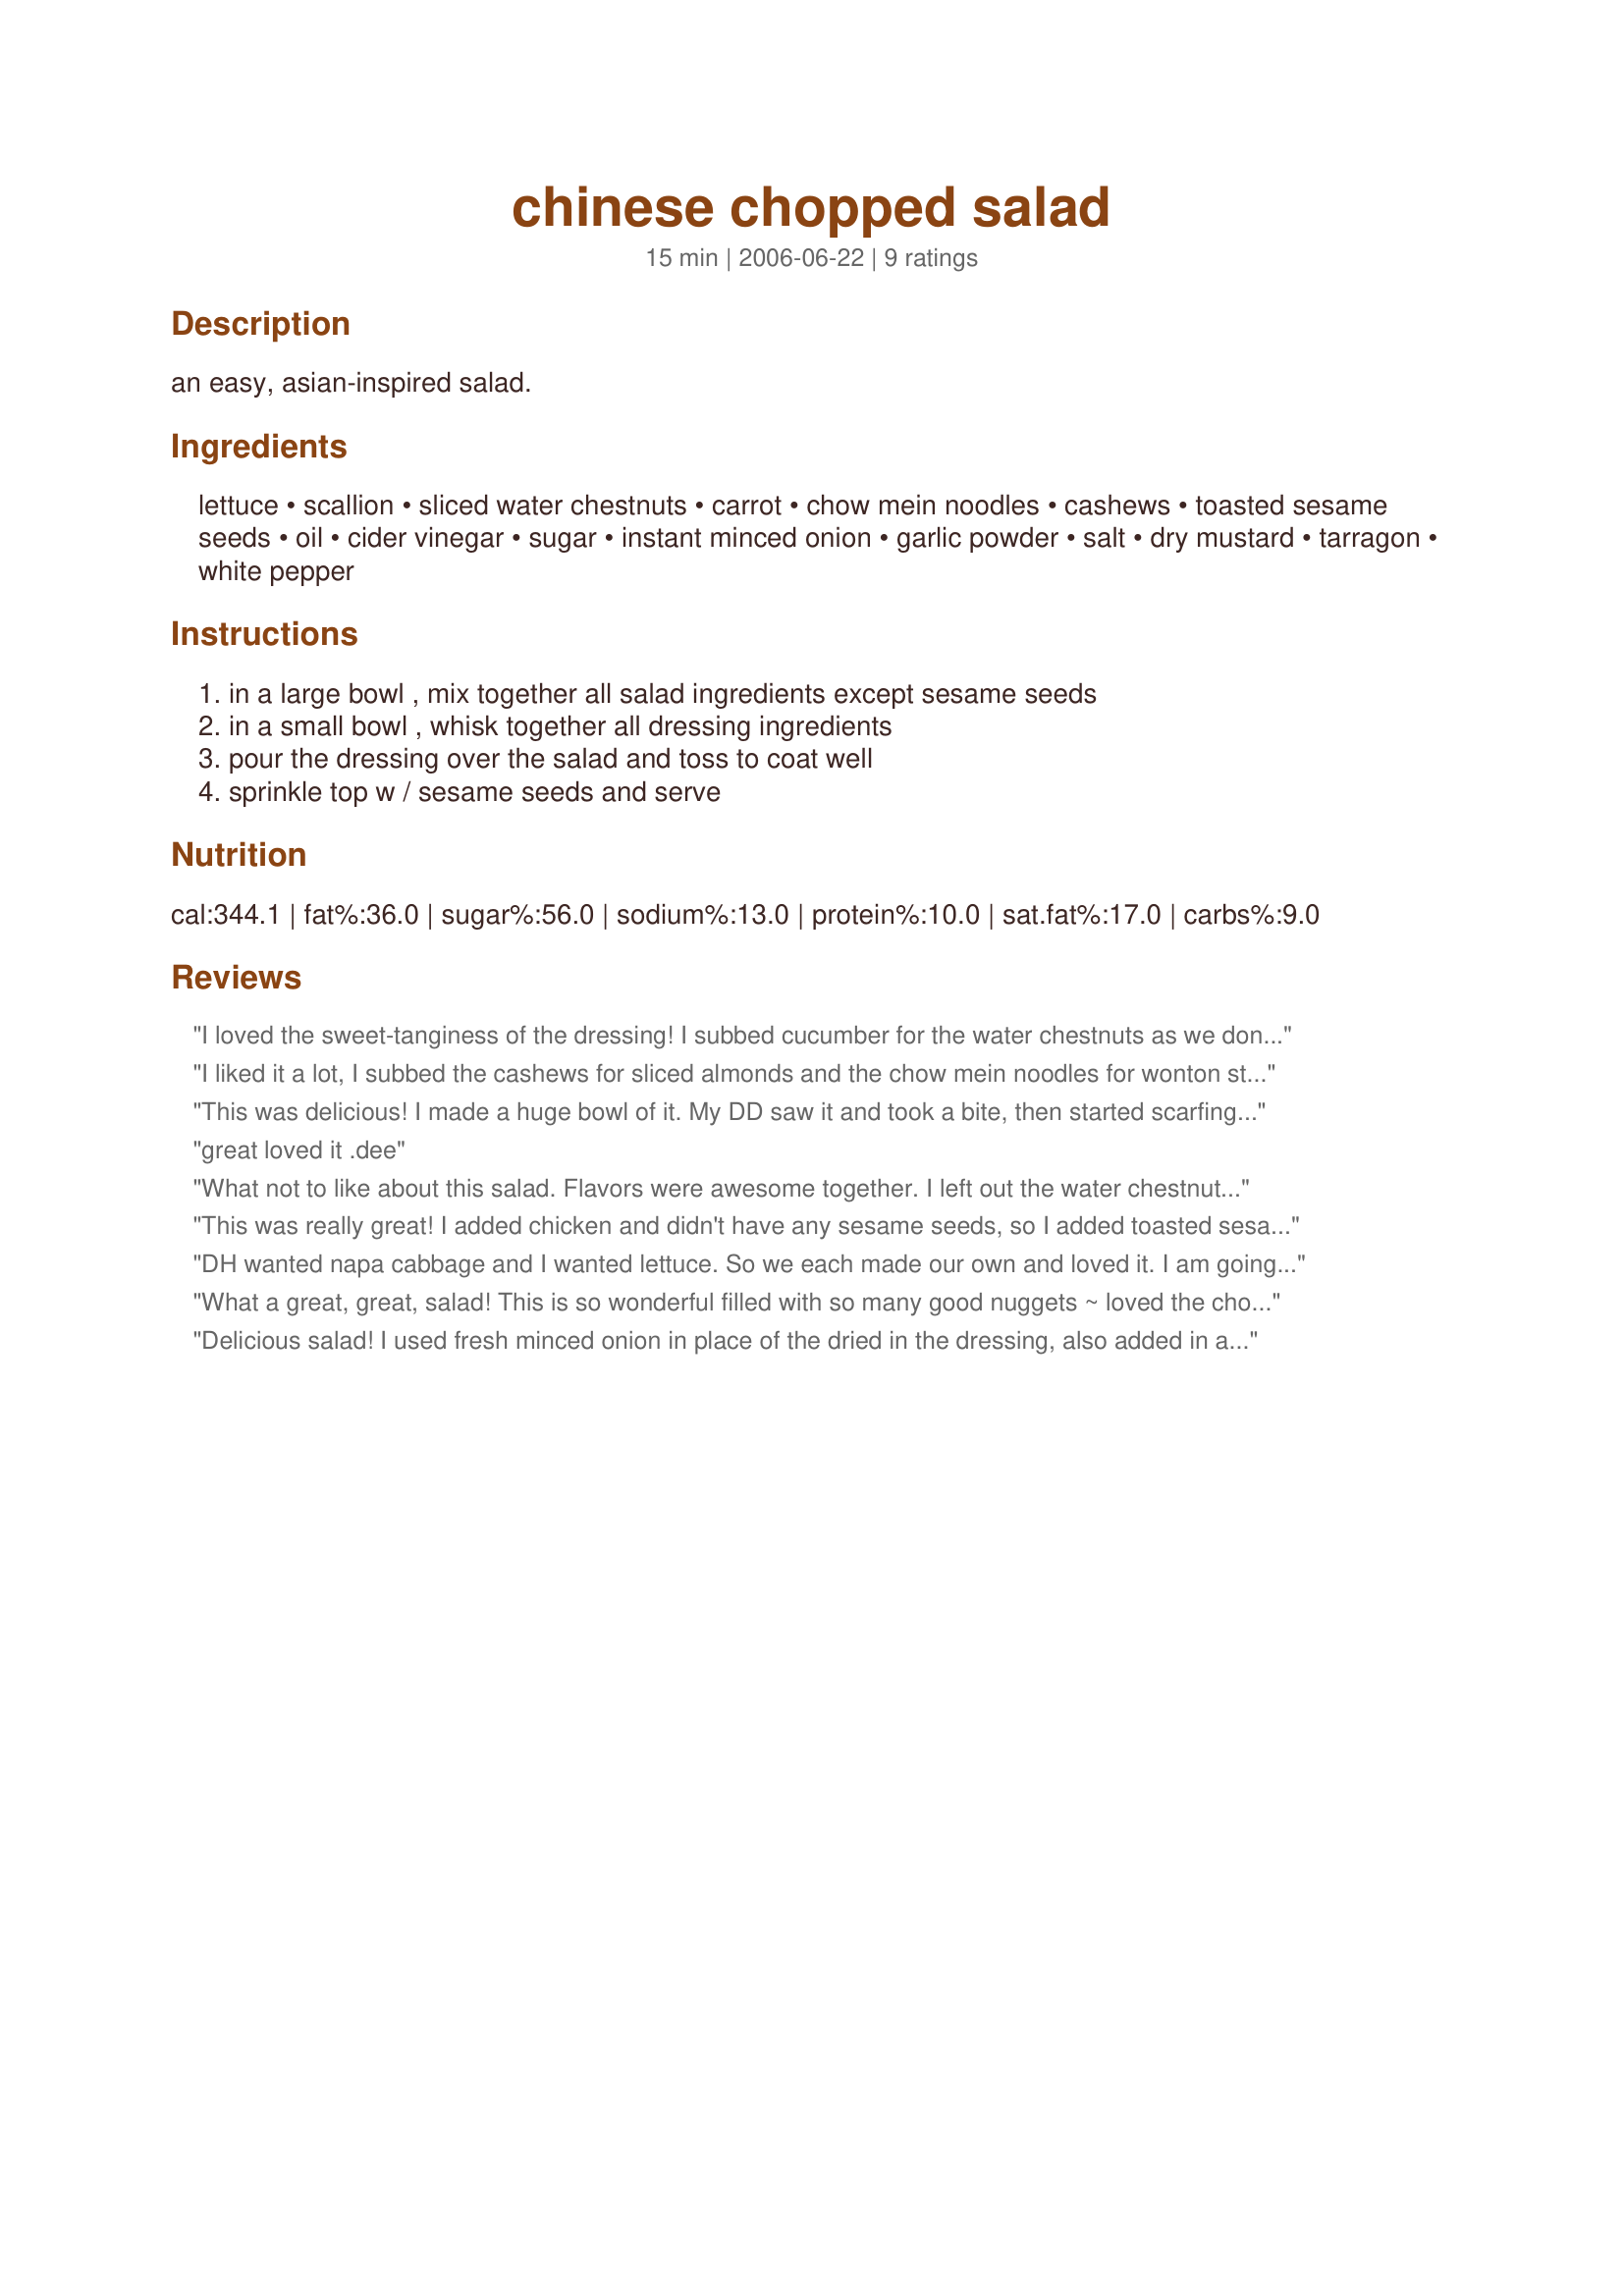
chinese chopped salad
Preparation time: 15 minutes

an easy, asian-inspired salad.

Ingredients:
lettuce, scallion, sliced water chestnuts, carrot, chow mein noodles, cashews, toasted sesame seeds, oil, cider vinegar, sugar, instant minced onion, garlic powder, salt, dry mustard, tarragon, white pepper

Steps:
in a large bowl , mix together all salad ingredients except sesame seeds, in a small bowl , whisk together all dressing ingredients, pour the dressing over the salad and toss to coat well, sprinkle top w / sesame seeds and serve

Reviews:
I loved the sweet-tanginess of the dressing! I subbed cucumber for the water chestnuts as we don't care for them, but otherwise followed the recipe. The toasted sesame seeds made this salad perfect. Thanks Parsley!!
I liked it a lot, I subbed the cashews for sliced almonds and the chow mein noodles for wonton strips found at the grocery store. I thought that the vinegrette was a little bitter but was still good. My guests loved it.
This was delicious! I made a huge bowl of it. My DD saw it and took a bite, then started scarfing it down, which was okay cause I made alot. Then my DS came along and took a bite. He rushed to the kitchen to get him self a bowl. I let him have some too. Then my DH wandered in and took a bite....well, I did get some! I left out the sesame seeds(I was sure I had some!).Loved it! Thanks!
great loved it .dee
What not to like about this salad. Flavors were awesome together. I left out the water chestnuts and didn't have chow mein noodles so used some toasted Romen noodles, and salted peanuts for the cashews because that is what I had. I also used splenda in the dressing. We loved it. Thanks Parsley.
This was really great! I added chicken and didn't have any sesame seeds, so I added toasted sesame oil instead. This was wonderful! Thanks for the great salad recipe.
DH wanted napa cabbage and I wanted lettuce. So we each made our own and loved it. I am going to add some leftover roasted chicken to this for lunch.
What a great, great, salad! This is so wonderful filled with so many good nuggets ~ loved the chow mein noodles in this, as it gave a good little crunch.I added a nice piece of chicken breast on top, and the dressing was perfection! Great way to add cashews to your diet as well. Loved this! Made for Chinese New Year Tag Game 2012
Delicious salad! I used fresh minced onion in place of the dried in the dressing, also added in a little soy sauce, thanks for sharing Parsley, we enjoyed it!...Kitten:)
